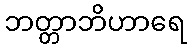
ဘတ္တာဘိဟာရေ